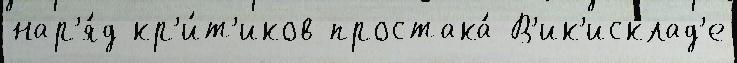
нар'я́д кр'и́т'иков простака́ В'ик'исклад'е